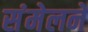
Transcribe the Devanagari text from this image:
संंमेलने